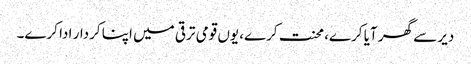
دیر سے گھر آیا کرے، محنت کرے، یوں قومی ترقی میں اپنا کردار ادا کرے۔